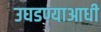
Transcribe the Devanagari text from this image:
उघडण्याआधी